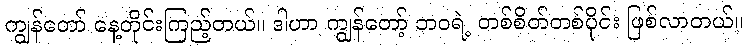
ကျွန်တော် နေ့တိုင်းကြည့်တယ်။ ဒါဟာ ကျွန်တော့် ဘဝရဲ့ တစ်စိတ်တစ်ပိုင်း ဖြစ်လာတယ်။